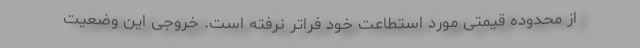
از محدوده قیمتی مورد استطاعت خود فراتر نرفته است. خروجی این وضعیت